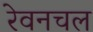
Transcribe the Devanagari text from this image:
रेवनचल